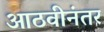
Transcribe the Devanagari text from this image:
आठवीनंतर